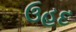
ઉહદ